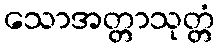
သောအတ္တာသုတ္တံ